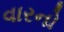
વારનો